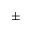
\pm